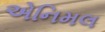
એનિમલ